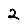
Digit: 2